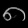
Digit: ၈